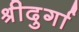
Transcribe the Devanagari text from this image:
श्रीदुर्गा